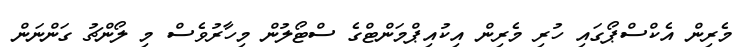
މެރިން އެކްސްޕޯގައި ހުރި މެރިން އިކުއިޕްމަންޓްގެ ސްޓޯލުން މިހާރުވެސް މި ލޯންޗު ގަންނަން